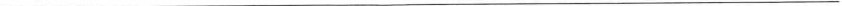
___